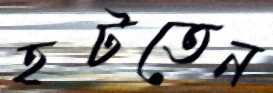
হটতেন